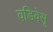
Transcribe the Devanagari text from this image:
वडिवेसू